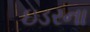
ઇડરના